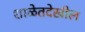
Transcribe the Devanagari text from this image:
शाळेतदेखील